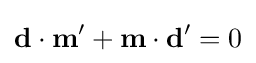
\mathbf {d} \cdot \mathbf {m} '+\mathbf {m} \cdot \mathbf {d} '=0